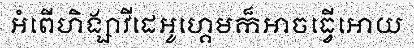
អំពើហិង្សាវីដេអូហ្គេមក៏អាចធ្វើអោយ